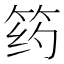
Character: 𰩺